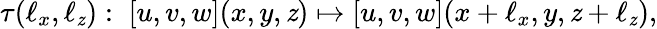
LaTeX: \tau(\ell_{x},\ell_{\mathit{z}}):\; \left[u,v,w\right](x,y,\mathit{z})\mapsto\left[u,v,w\right](x+\ell_{x},y,\mathit{z}+\ell_{\mathit{z}}),